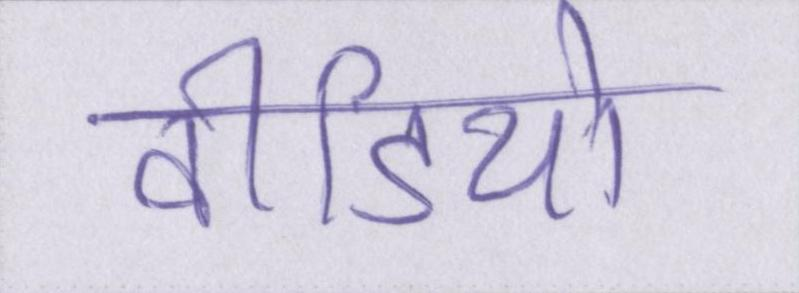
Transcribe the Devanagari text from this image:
वीडियो